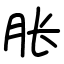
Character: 胀